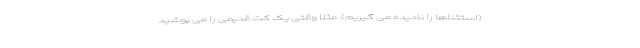
(استثناها را نادیده می گیریم). مثلاً وقتی یک کت قدیمی را می پوشید